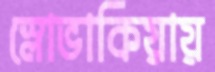
স্লোভাকিয়ায়